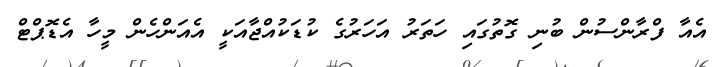
އެއާ ފްރާންސުން ބުނި ގޮތުގައި ހަތަރު އަހަރުގެ ކުޑަކުއްޖާއަކީ އެއަންހެން މީހާ އެޑޮޕްޓް